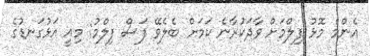
އެންމެ މޮޅު ފިލްމަށް ވާދަކުރާނެ ކަމަށް ބެލެވޭ ފަސް ފިލްމު: މިއީ އަޅުގަނޑުގެ